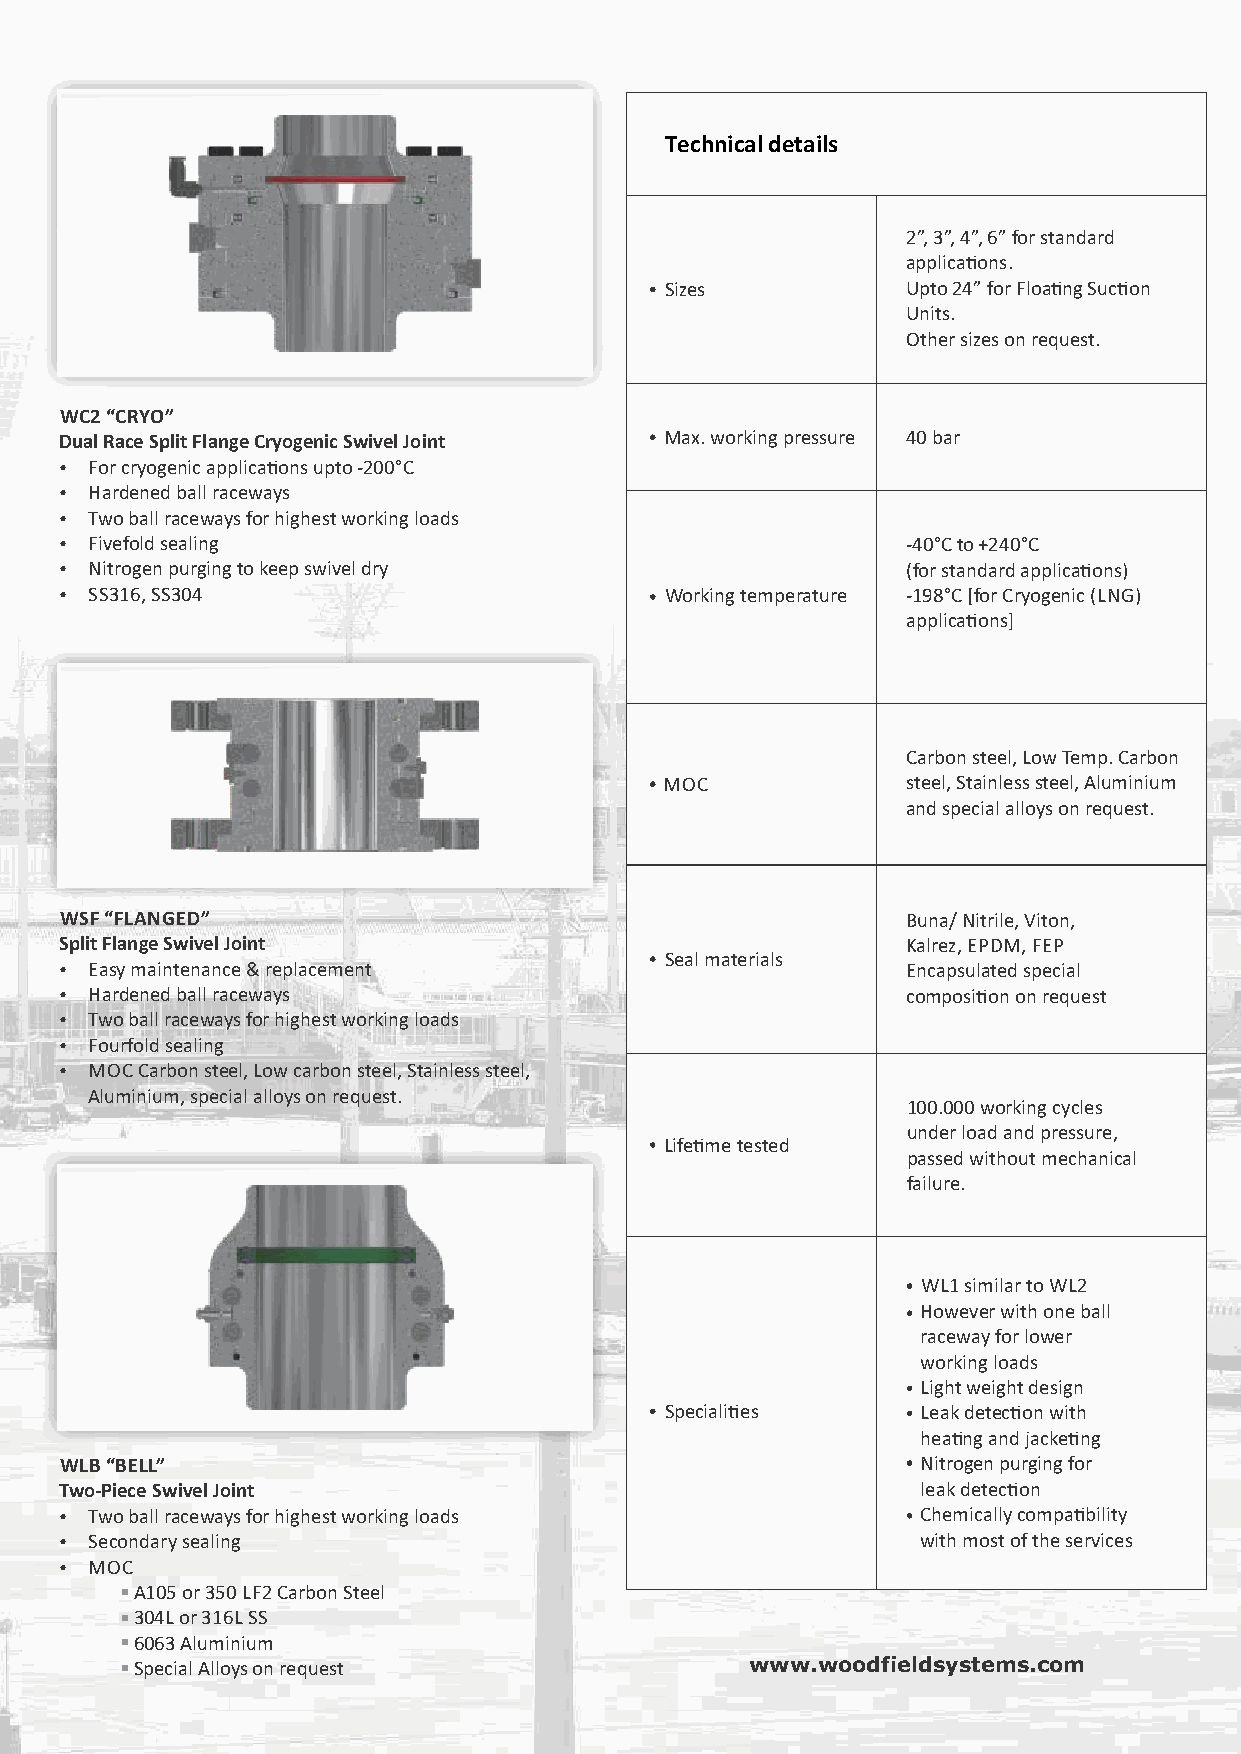
Technical details
 2”, 3”, 4”, 6” for standard
 applicaons.
 Sizes           Upto 24” for Floang Sucon
 Units.
 Other sizes on request.
 WC2 “CRYO”
 Dual Race Split Flange Cryogenic Swivel Joint Max. working pressure 40 bar
 Ÿ For cryogenic applicaons upto -200°C
 Ÿ Hardened ball raceways
 Ÿ Two ball raceways for highest working loads
 Ÿ Fivefold sealing                                      -40°C to +240°C
 Ÿ Nitrogen purging to keep swivel dry                   (for standard applicaons)
 Ÿ SS316, SS304                          Working temperature -198°C [for Cryogenic (LNG)
 applicaons]
 Carbon steel, Low Temp. Carbon
 MOC             steel, Stainless steel, Aluminium
 and special alloys on request.
 WSF “FLANGED”                                           Buna/ Nitrile, Viton,
 Split Flange Swivel Joint                               Kalrez, EPDM, FEP
 Seal materials
 Ÿ Easy maintenance & replacement                        Encapsulated special
 Ÿ Hardened ball raceways                                composion on request
 Ÿ Two ball raceways for highest working loads
 Ÿ Fourfold sealing
 Ÿ MOC Carbon steel, Low carbon steel, Stainless steel,
 Aluminium, special alloys on request.
 100.000 working cycles
 under load and pressure,
 Lifeme tested
 passed without mechanical
 failure.
 WL1 similar to WL2
 However with one ball
 raceway for lower
 working loads
 Light weight design
 Specialies      Leak detecon with
 heang and jackeng
 WLB “BELL”                                               Nitrogen purging for
 Two-Piece Swivel Joint                                   leak detecon
 Ÿ Two ball raceways for highest working loads            Chemically compability
 Ÿ Secondary sealing                                      with most of the services
 Ÿ MOC
 A105 or 350 LF2 Carbon Steel
 304L or 316L SS
 6063 Aluminium
 Special Alloys on request                www.woodfieldsystems.com